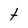
Character: t